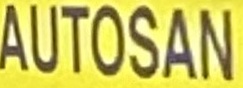
AUTOSAN